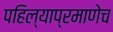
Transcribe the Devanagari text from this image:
पहिल्याप्रमाणेच